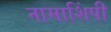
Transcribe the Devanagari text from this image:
नामाशिंपी